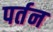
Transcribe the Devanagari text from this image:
पर्तन